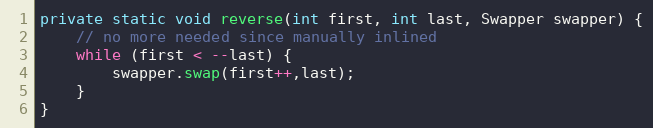
Language: Java
private static void reverse(int first, int last, Swapper swapper) {
	// no more needed since manually inlined
	while (first < --last) {
		swapper.swap(first++,last);
	}
}